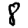
Digit: 8